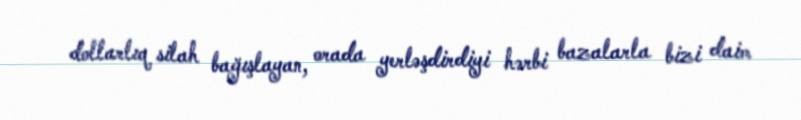
dollarlıq silah bağışlayan, orada yerləşdirdiyi hərbi bazalarla bizi daim